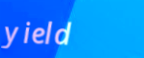
yield